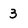
Character: 3